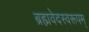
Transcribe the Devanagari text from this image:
ब्रह्मवेदस्वरूपम्